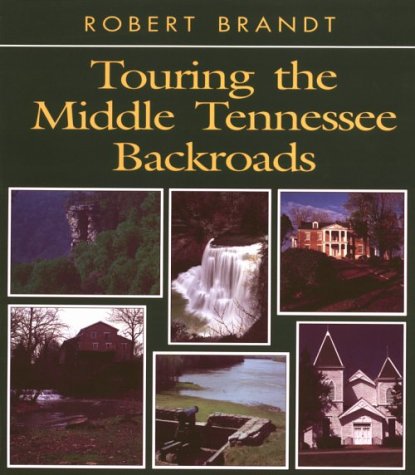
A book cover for Touring the Middle Tennessee Backroads (Touring the Backroads Series); Robert Brandt; Travel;